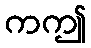
ကဤ